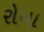
રોયા